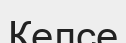
Келсе